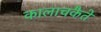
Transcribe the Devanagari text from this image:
कालाचकैते